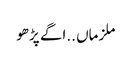
ملزماں ..اگے پڑھو